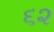
૬૨